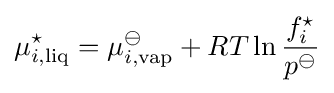
\mu _{i,{\text{liq}}}^{\star }=\mu _{i,{\text{vap}}}^{\ominus }+RT\ln {\frac {f_{i}^{\star }}{p^{\ominus }}}